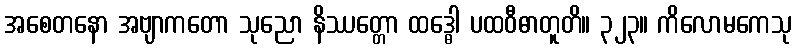
အစေတနော အဗျာကတော သုညော နိဿတ္တော ထဒ္ဓေါ ပထဝီဓာတူတိ။ ၃၂၃။ ကိလောမကေသု